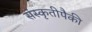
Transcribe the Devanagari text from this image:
संस्कृतीपैकी